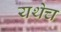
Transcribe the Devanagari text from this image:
यथेच